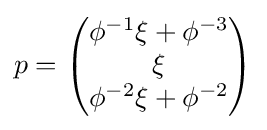
p={\begin{pmatrix}\phi ^{-1}\xi +\phi ^{-3}\\\xi \\\phi ^{-2}\xi +\phi ^{-2}\end{pmatrix}}